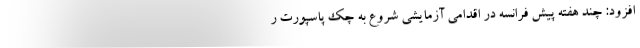
افزود: چند هفته پیش فرانسه در اقدامی آزمایشی شروع به چک پاسپورت ر